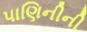
પાણિનીની